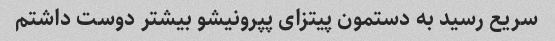
سریع رسید به دستمون پیتزای پپرونیشو بیشتر دوست داشتم